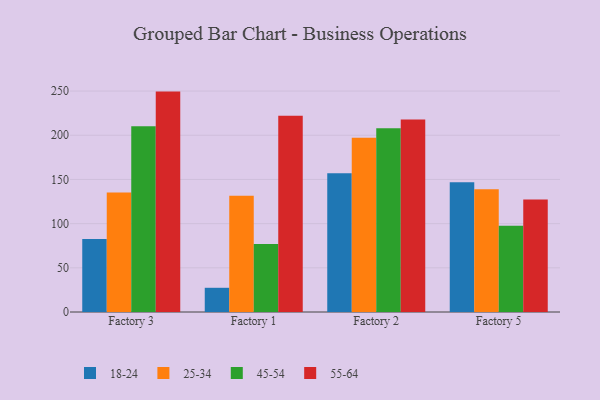
{"axis": {"x": "Factory", "y": "Humidity (%)"}, "legend": ["18-24", "25-34", "45-54", "55-64"], "data": [{"x": "Factory 3", "y": 82.7, "type": "18-24"}, {"x": "Factory 3", "y": 135.2, "type": "25-34"}, {"x": "Factory 3", "y": 210.1, "type": "45-54"}, {"x": "Factory 3", "y": 249.4, "type": "55-64"}, {"x": "Factory 1", "y": 27.4, "type": "18-24"}, {"x": "Factory 1", "y": 131.6, "type": "25-34"}, {"x": "Factory 1", "y": 76.9, "type": "45-54"}, {"x": "Factory 1", "y": 222.0, "type": "55-64"}, {"x": "Factory 2", "y": 156.9, "type": "18-24"}, {"x": "Factory 2", "y": 197.2, "type": "25-34"}, {"x": "Factory 2", "y": 208.0, "type": "45-54"}, {"x": "Factory 2", "y": 217.9, "type": "55-64"}, {"x": "Factory 5", "y": 146.8, "type": "18-24"}, {"x": "Factory 5", "y": 138.9, "type": "25-34"}, {"x": "Factory 5", "y": 97.5, "type": "45-54"}, {"x": "Factory 5", "y": 127.4, "type": "55-64"}]}